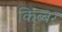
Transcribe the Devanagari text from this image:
किब्‍बर